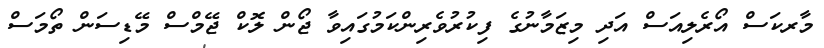
މާރކަސް އޯރެލިއަސް އަދި މިޒަމާނުގެ ފިކުރުވެރިންކަމުގައިވާ ޖޯން ލޮކް ޖޭމްސް މޭޑިސަން ތޯމަސް